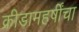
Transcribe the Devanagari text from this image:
क्रीडामहर्षींचा